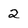
Character: 2